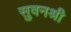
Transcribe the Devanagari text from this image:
सुवनश्री